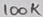
Text: 100K